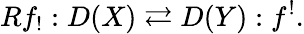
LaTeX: Rf_{!}:D(X)\rightleftarrows D(Y):f^{!}.